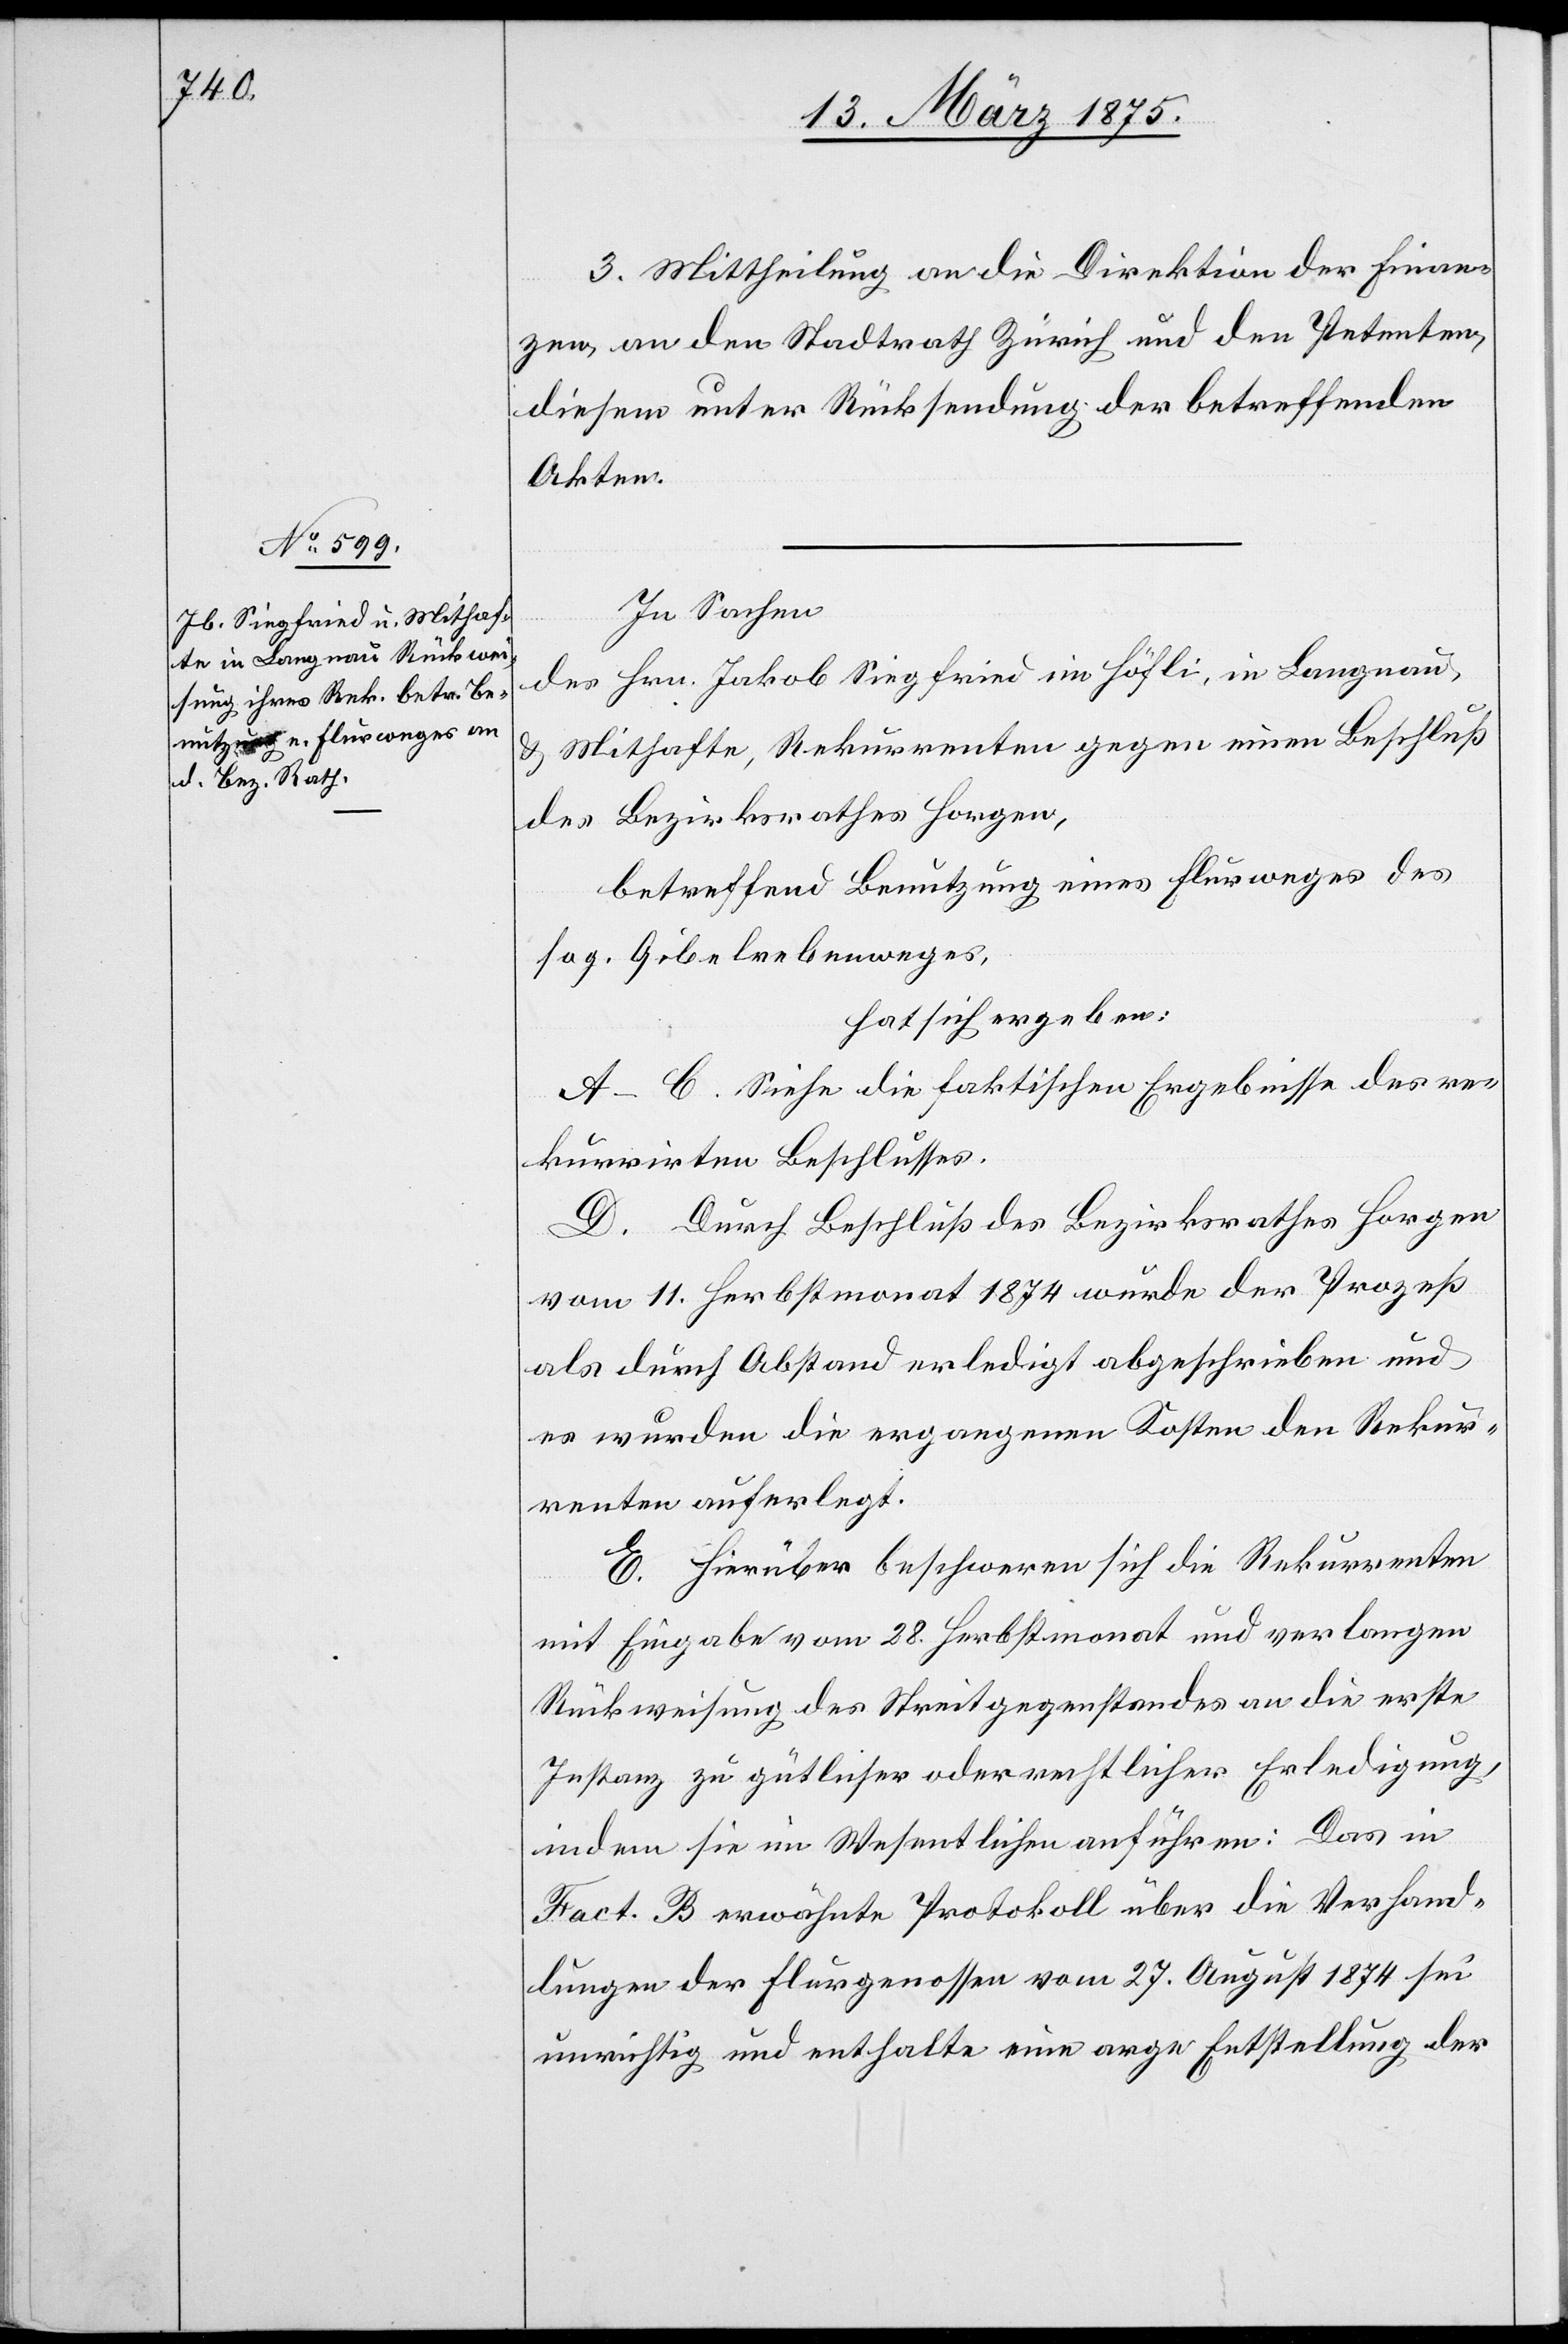
3. Mittheilung an die Direktion der Finan¬
zen, an den Stadtrath Zürich und den Petenten,
diesem unter Rücksendung der betreffenden
Akten.
In Sachen
des Hrn. Jakob Siegfried im Höfli, in Langnau,
& Mithafte, Rekurrenten gegen einen Beschluß
des Bezirksrathes Horgen,
betreffend Benutzung eines Flurweges des
sog. Gibelrebenweges,
hat sich ergeben:
A–C. Siehe die faktischen Ergebnisse des re¬
kurrirten Beschlusses.
D. Hierüber beschweren sich die Rekurrenten
mit Eingabe vom 28. Herbstmonat und verlangen
Rückweisung des Streitgegenstandes an die erste
Instanz zu gütlicher oder rechtlicher Erledigung,
indem sie im Wesentlichen anführen: Das in
Fact. B erwähnte Protokoll über die Verhand¬
lungen der Flurgenossen vom 27. August 1874 sei
unrichtig und enthalte eine arge Entstellung der